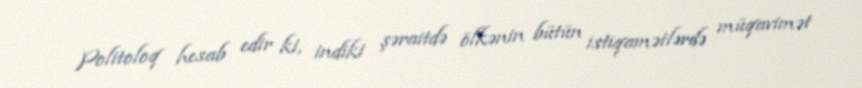
Politoloq hesab edir ki, indiki şəraitdə ölkənin bütün istiqamətlərdə müqavimət